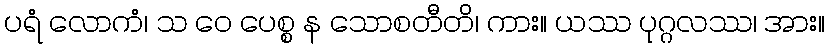
ပရံ လောကံ၊ သ ဝေ ပေစ္စ န သောစတီတိ၊ ကား။ ယဿ ပုဂ္ဂလဿ၊ အား။